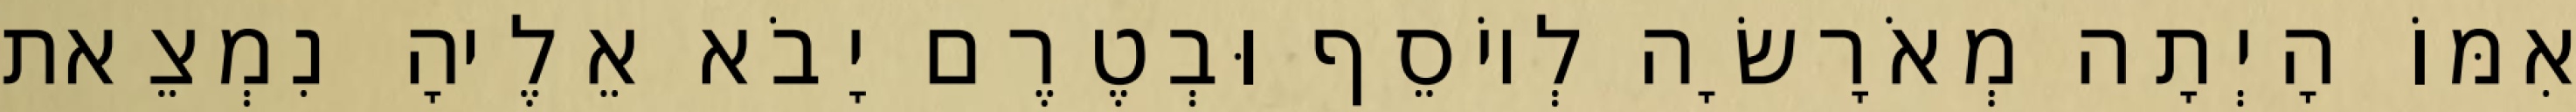
אִמּוֹ הָיְתָה מְאֹרָשָׂה לְיוֹסֵף וּבְטֶרֶם יָבֹא אֵלֶיהָ נִמְצֵאת